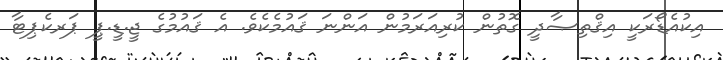
އިކުއެޑޯރަކީ އިޤްތިޞާދީ ގޮތުން ކުރިއަރަމުން އަންނަ ޤައުމެކެވެ. އެ ޤައުމުގެ ޖީ.ޑީ.ޕީ ޕަރކެޕިޓާ